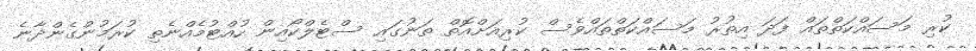
ކުރި މަސައްކަތްތައް ފަދަ އިތުރު މަސައްކަތްތައްވެސް ކުރިއަށްއޮތް ތަނުގައި ސްޓެލްކޯއިން ހުއްޓުމެއްނެތި ކުރަމުންގެންދާނެ